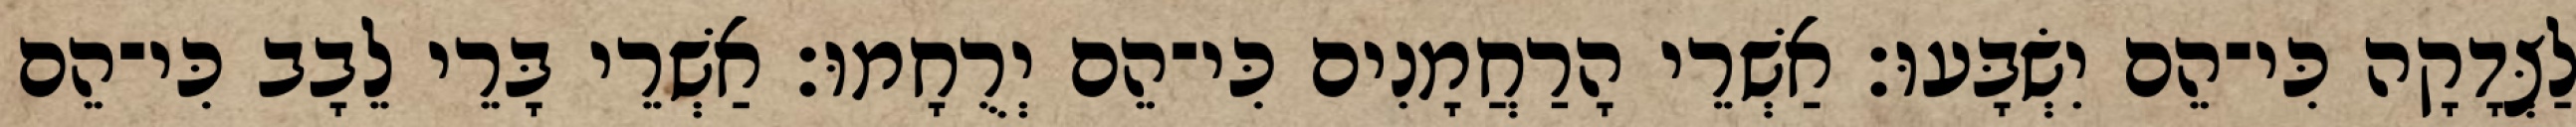
לַצְּדָקָה כִּי־הֵם יִשְׂבָּעוּ׃ אַשְׁרֵי הָרַחֲמָנִים כִּי־הֵם יְרֻחָמוּ׃ אַשְׁרֵי בָּרֵי לֵבָב כִּי־הֵם